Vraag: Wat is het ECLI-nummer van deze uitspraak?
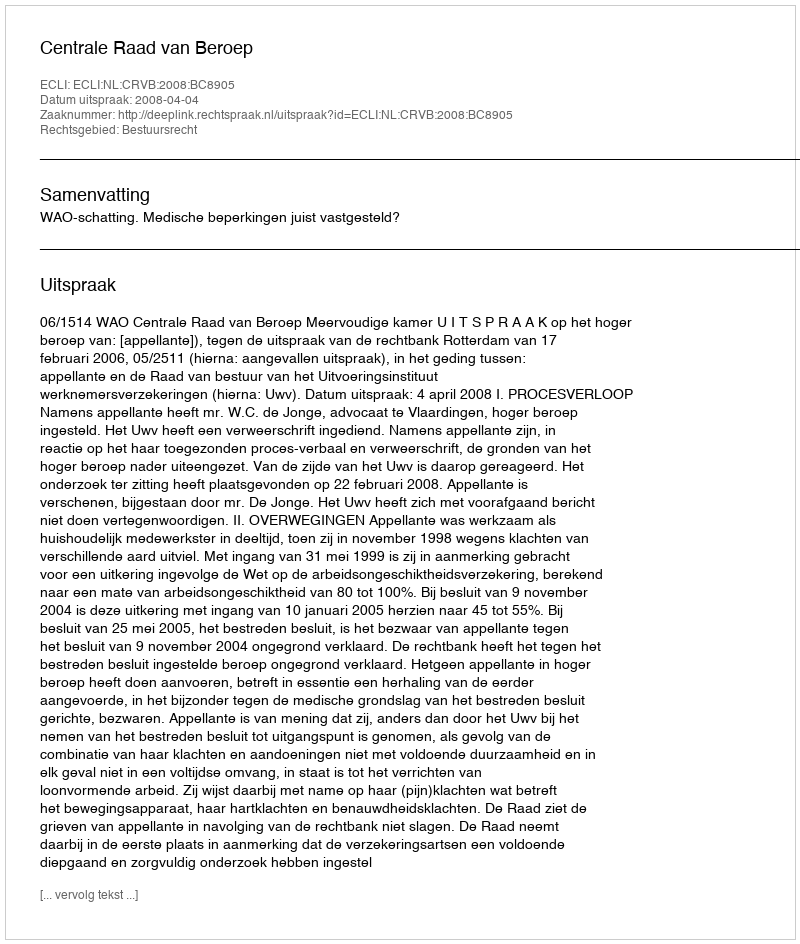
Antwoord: ECLI:NL:CRVB:2008:BC8905